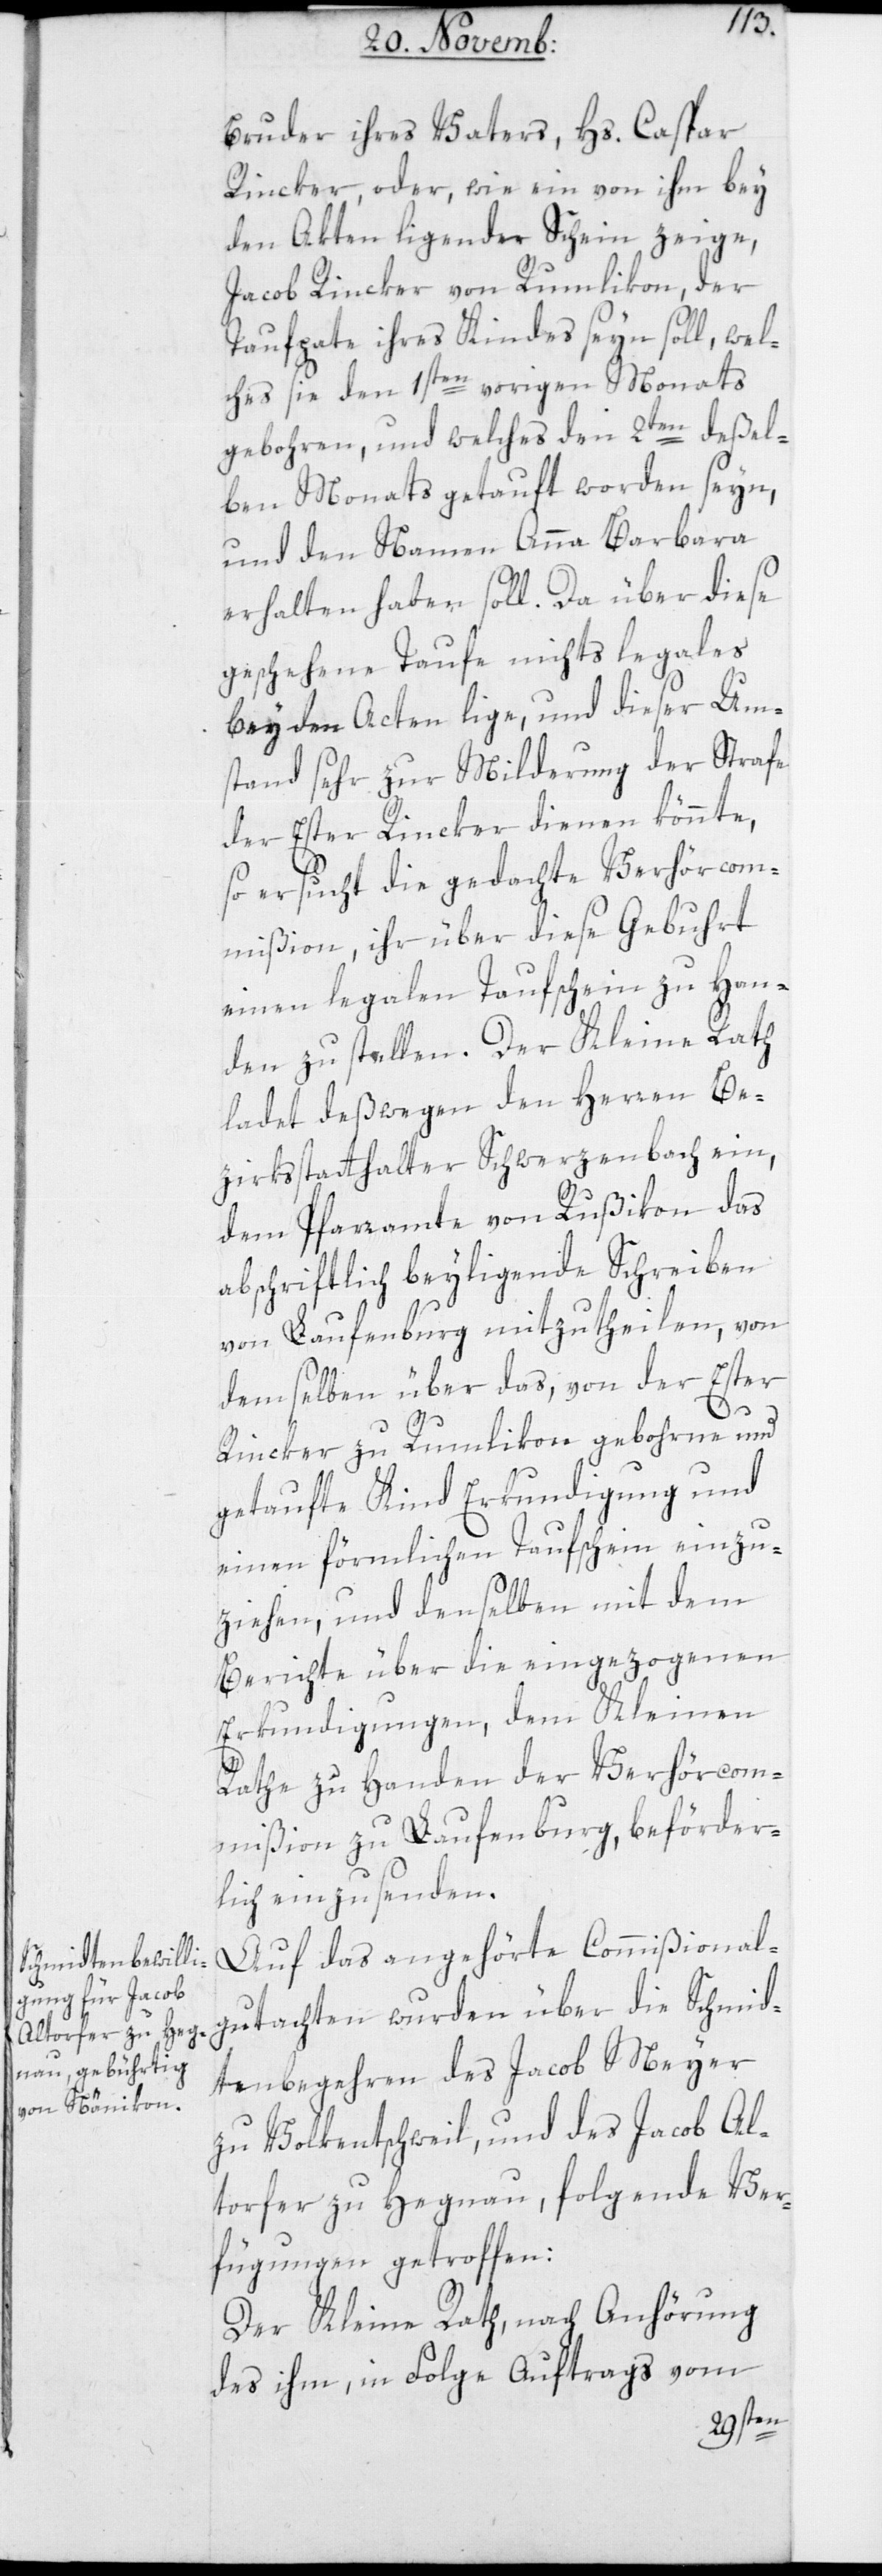
Bruder ihres Vaters, Hs. Caspar
Rincker, oder wie ein von ihm bey
den Akten ligender Schein zeige,
Jacob Rincker von Rumlikon, der
Taufpate ihres Kindes seyn soll, wel¬
ches sie den 1sten vorigen Monats
gebohren, und welches den 2ten deßel¬
ben Monats getauft worden seyn,
und den Namen Anna Barbara
erhalten haben soll. Da über diese
geschehene Taufe nichts legales
bey den Akten lige, und dieser Um¬
stand sehr zur Milderung der Strafe
der Ester Rincker dienen könnte,
so ersucht die gedachte Verhör-Com¬
mißion, ihr über diese Gebuhrt
einen legalen Taufschein zu Han¬
den zu stellen. Der Kleine Rath
ladet deßwegen den Herren Be¬
zirksstatthalter Schwerzenbach ein,
dem Pfarramte von Rußikon das
abschriftlich beyligende Schreiben
von Laufenburg mitzutheilen, von
demselben über das, von der Ester
Rincker zu Rumlikon gebohrne und
getaufte Kind Erkundigung und
einen förmlichen Taufschein einzu¬
ziehen, und denselben mit dem
Berichte über die eingezogenen
Erkundigungen, dem Kleinen
Rathe zu Handen der Verhörcom¬
mißion zu Laufenburg, beförder¬
lich einzusenden.
Auf das angehörte Commißional¬
gutachten wurden über die Schmid¬
tenbegehren des Jacob Meyer
zu Volkentschweil, und des Jacob Al¬
torfer zu Hegnau, folgende Ver¬
fügung getroffen:
Der Kleine Rath, nach Anhörung
des ihm in Folge Auftrags vom